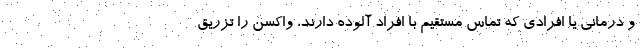
و درمانی یا افرادی که تماس مستقیم با افراد آلوده دارند، واکسن را تزریق